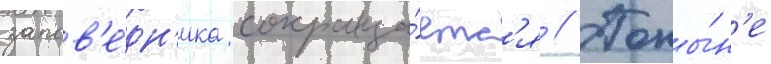
запов'е́дн'ика сокраща́етс'я // Поны́н'е